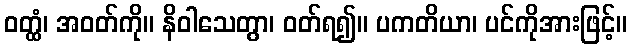
ဝတ္ထံ၊ အဝတ်ကို။ နိဝါသေတွာ၊ ဝတ်ရ၍။ ပကတိယာ၊ ပင်ကိုအားဖြင့်။